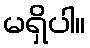
မရှိပါ။